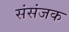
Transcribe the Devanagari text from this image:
संसंजक